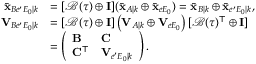
\begin{array} { r l } { \bar { \mathbf { x } } _ { B e ^ { \prime } E _ { 0 } | k } } & { = [ \mathcal { B } ( \tau ) \oplus \mathbf { I ] } ( \bar { \mathbf { x } } _ { A | k } \oplus \bar { \mathbf { x } } _ { e E _ { 0 } } ) = \bar { \mathbf { x } } _ { B | k } \oplus \bar { \mathbf { x } } _ { e ^ { \prime } E _ { 0 } | k } , } \\ { \mathbf { V } _ { B e ^ { \prime } E _ { 0 } | k } } & { = [ \mathcal { B } ( \tau ) \oplus \mathbf { I } ] \left( \mathbf { V } _ { A | k } \oplus \mathbf { V } _ { e E _ { 0 } } \right) [ \mathcal { B } ( \tau ) ^ { \mathsf { T } } \oplus \mathbf { I } ] } \\ & { = \left( \begin{array} { l l } { \mathbf { B } } & { \mathbf { C } } \\ { \mathbf { C } ^ { \mathsf { T } } } & { \mathbf { V } _ { e ^ { \prime } E _ { 0 } | k } } \end{array} \right) . } \end{array}